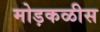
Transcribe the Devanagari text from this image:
मोड़कळीस